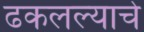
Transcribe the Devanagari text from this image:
ढकलल्याचे